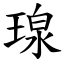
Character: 瑔